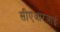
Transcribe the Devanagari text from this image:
सीएआरआई